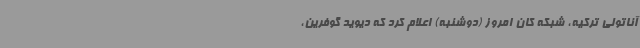
آناتولی ترکیه، شبکه کان امروز (دوشنبه) اعلام کرد که دیوید گوفرین،